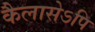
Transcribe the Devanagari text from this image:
कैलासेऽपि